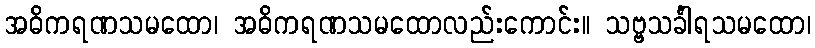
အဓိကရဏသမထော၊ အဓိကရဏသမထောလည်းကောင်း။ သဗ္ဗသင်္ခါရသမထော၊